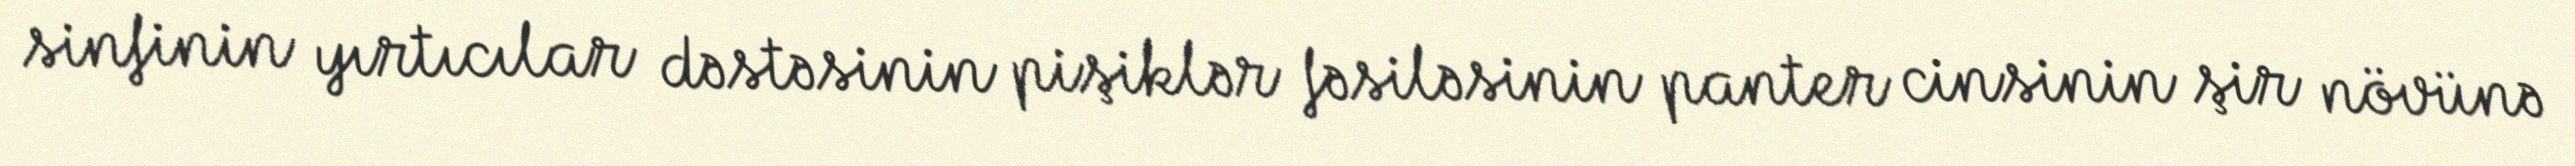
sinfinin yırtıcılar dəstəsinin pişiklər fəsiləsinin panter cinsinin şir növünə